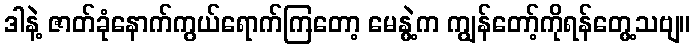
ဒါနဲ့ ဇာတ်ခုံနောက်ကွယ်ရောက်ကြတော့ မေနွဲ့က ကျွန်တော့်ကိုရန်တွေ့သဗျ။